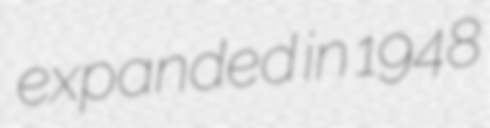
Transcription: expanded in 1948